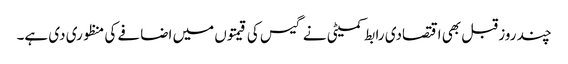
چند روز قبل بھی اقتصادی رابط کمیٹی نے گیس کی قیمتوں میں اضافے کی منظوری دی ہے۔